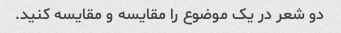
دو شعر در یک موضوع را مقایسه و مقایسه کنید.